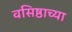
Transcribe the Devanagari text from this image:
वसिष्ठाच्या